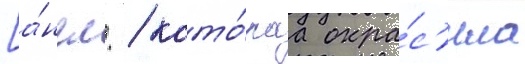
[а́нгл. / кото́раа окра́с'ила